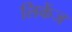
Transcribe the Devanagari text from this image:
लिकेंज